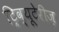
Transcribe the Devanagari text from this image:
ट्रिव्यूटेरीज़